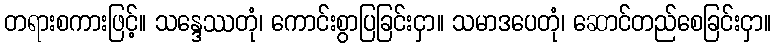
တရားစကားဖြင့်။ သန္ဒေဿတုံ၊ ကောင်းစွာပြခြင်းငှာ။ သမာဒပေတုံ၊ ဆောင်တည်စေခြင်းငှာ။